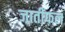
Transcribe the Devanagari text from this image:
जातीफल